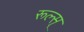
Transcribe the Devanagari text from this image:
रूल्स्